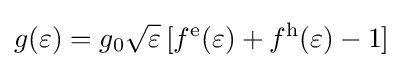
g(\varepsilon )=g_{0}{\sqrt {\varepsilon }}\,[f^{\mathrm {e} }(\varepsilon )+f^{\mathrm {h} }(\varepsilon )-1]~